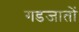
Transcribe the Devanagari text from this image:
गडजातों